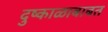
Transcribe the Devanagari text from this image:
दुष्काळाबाबत